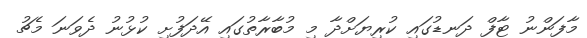
މާފަންނު ޓާފް ދަނޑުގައި ކުރިޔަށްދާ މި މުބާރާތުގައި އޭދަފުށި ކުޅުނު ދެވަނަ މެޗު